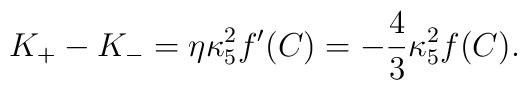
K_+-K_-=\eta\kappa^2_5f^{\prime}(C)=-{4\over 3}\kappa^2_5f(C).